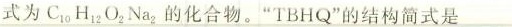
式为C_{10} H_{12} O_{2} Na_{2}的化合物。”TBHQ”的结构简式是___